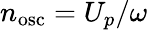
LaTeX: n_{\mathrm{osc}}=U_{p}/\omega